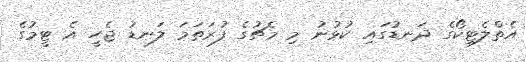
އެތްލެޓިކޯގެ ދަނޑުގައި ކުޅުނު މި މެޗުގެ ފުރަތަމަ ލަނޑު ޖެހީ އެ ޓީމުގެ